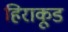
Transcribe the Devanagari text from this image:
हिराकूड